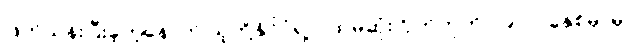
ဖြတ်သန်းပြီးခဲ့တဲ့နောက် သူတို့နိုင်ငံရဲ့ ပထမဆုံးဂြိုဟ်တုကို ၁၉၇၀ ခုနှစ်မှာမှ